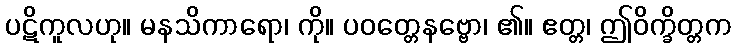
ပဋိကူလဟု။ မနသိကာရော၊ ကို။ ပဝတ္တေနဗ္ဗော၊ ၏။ ဧတ္တ၊ ဤဝိက္ခိတ္တက